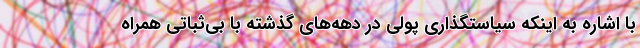
با اشاره به اینکه سیاستگذاری پولی در دهه‌های گذشته با بی‌ثباتی همراه